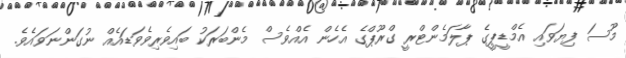
މޫސަ ފިޔަވައި އެމްޑީޕީގެ ޕާލަމެންޓްރީ ގްރޫޕްގެ އެހެން އެއްވެސް މެންބަރަކު ބައިވެރިވެވަޑައެއް ނުގަންނަވައެވެ.